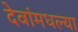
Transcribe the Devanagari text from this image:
देवांमधल्या